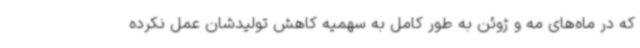
که در ماه‌های مه و ژوئن به طور کامل به سهمیه کاهش تولیدشان عمل نکرده